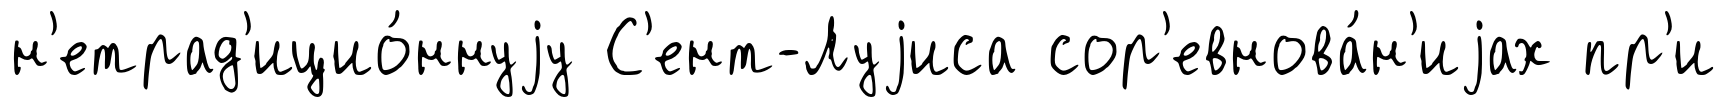
н'етрад'ицио́ннуjу С'ент-Луjиса сор'евнова́н'иjах пр'и